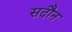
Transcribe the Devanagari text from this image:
सदौन